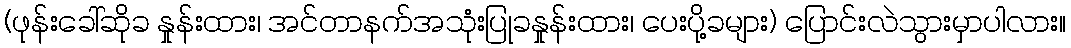
(ဖုန်းခေါ်ဆိုခ နှုန်းထား၊ အင်တာနက်အသုံးပြုခနှုန်းထား၊ ပေးပို့ခများ) ပြောင်းလဲသွားမှာပါလား။